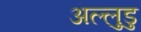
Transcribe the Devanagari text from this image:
अल्लुडु